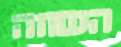
השווה